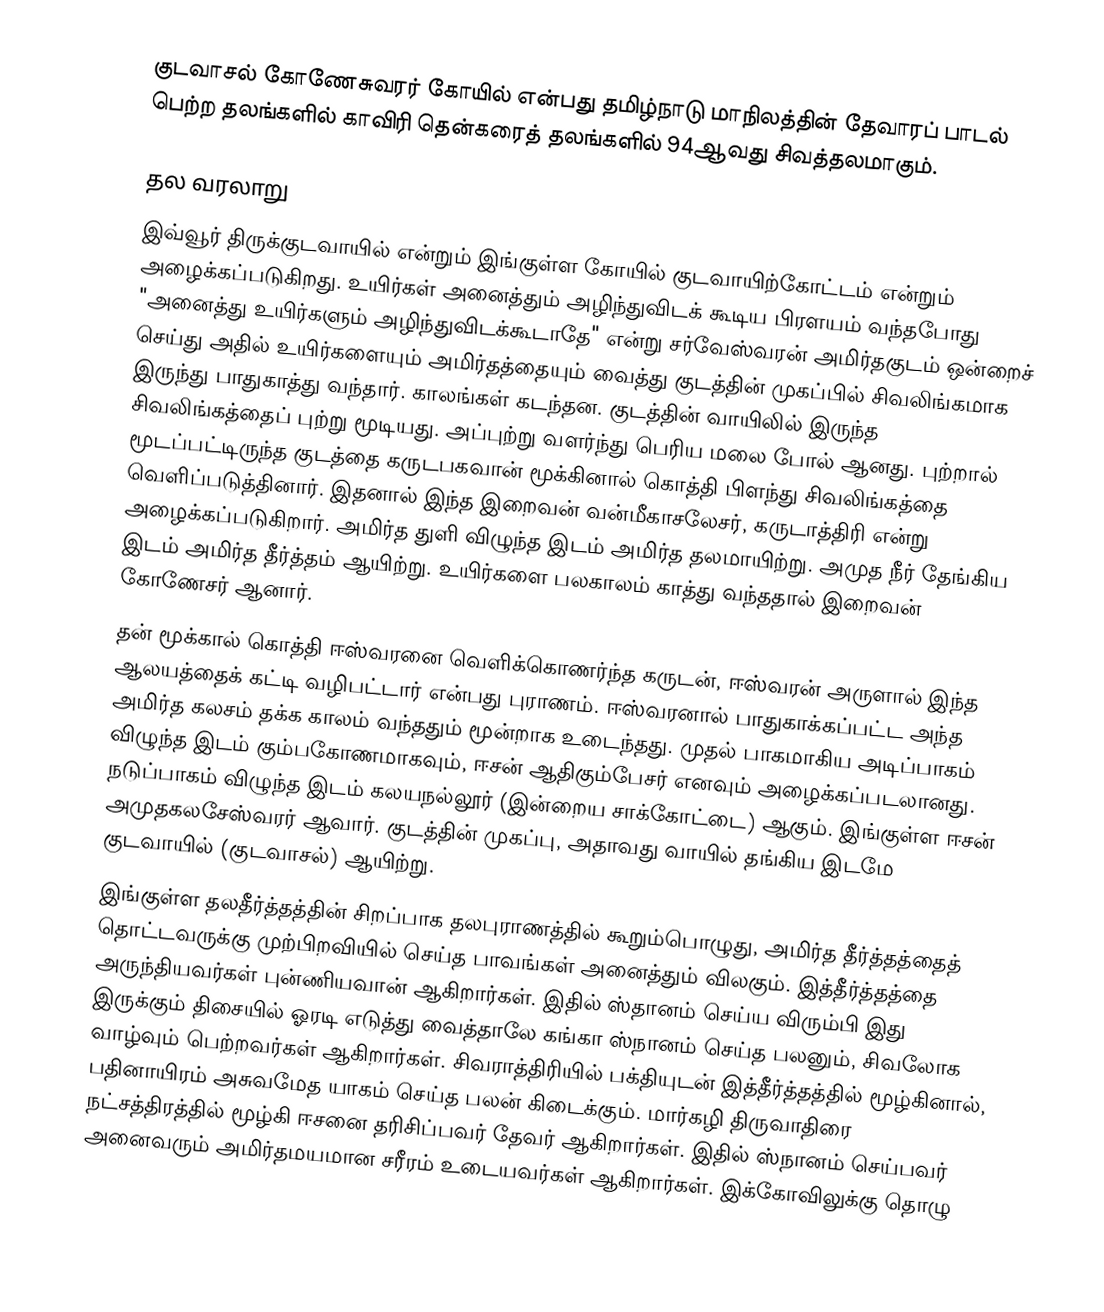
குடவாசல் கோணேசுவரர் கோயில் என்பது தமிழ்நாடு மாநிலத்தின் தேவாரப் பாடல் பெற்ற தலங்களில் காவிரி தென்கரைத் தலங்களில் 94ஆவது சிவத்தலமாகும்.

தல வரலாறு
இவ்வூர் திருக்குடவாயில் என்றும் இங்குள்ள கோயில் குடவாயிற்கோட்டம் என்றும் அழைக்கப்படுகிறது. உயிர்கள் அனைத்தும் அழிந்துவிடக் கூடிய பிரளயம் வந்தபோது "அனைத்து உயிர்களும் அழிந்துவிடக்கூடாதே" என்று சர்வேஸ்வரன் அமிர்தகுடம் ஒன்றைச் செய்து அதில் உயிர்களையும் அமிர்தத்தையும் வைத்து குடத்தின் முகப்பில் சிவலிங்கமாக இருந்து பாதுகாத்து வந்தார். காலங்கள் கடந்தன. குடத்தின் வாயிலில் இருந்த சிவலிங்கத்தைப் புற்று மூடியது. அப்புற்று வளர்ந்து பெரிய மலை போல் ஆனது. புற்றால் மூடப்பட்டிருந்த குடத்தை கருடபகவான் மூக்கினால் கொத்தி பிளந்து சிவலிங்கத்தை வெளிப்படுத்தினார். இதனால் இந்த இறைவன் வன்மீகாசலேசர், கருடாத்திரி என்று அழைக்கப்படுகிறார். அமிர்த துளி விழுந்த இடம் அமிர்த தலமாயிற்று. அமுத நீர் தேங்கிய இடம் அமிர்த தீர்த்தம் ஆயிற்று. உயிர்களை பலகாலம் காத்து வந்ததால் இறைவன் கோணேசர் ஆனார்.
தன் மூக்கால் கொத்தி ஈஸ்வரனை வெளிக்கொணர்ந்த கருடன், ஈஸ்வரன் அருளால் இந்த ஆலயத்தைக் கட்டி வழிபட்டார் என்பது புராணம். ஈஸ்வரனால் பாதுகாக்கப்பட்ட அந்த அமிர்த கலசம் தக்க காலம் வந்ததும் மூன்றாக உடைந்தது. முதல் பாகமாகிய அடிப்பாகம் விழுந்த இடம் கும்பகோணமாகவும், ஈசன் ஆதிகும்பேசர் எனவும் அழைக்கப்படலானது. நடுப்பாகம் விழுந்த இடம் கலயநல்லூர் (இன்றைய சாக்கோட்டை) ஆகும். இங்குள்ள ஈசன் அமுதகலசேஸ்வரர் ஆவார். குடத்தின் முகப்பு, அதாவது வாயில் தங்கிய இடமே குடவாயில் (குடவாசல்) ஆயிற்று.
இங்குள்ள தலதீர்த்தத்தின் சிறப்பாக தலபுராணத்தில் கூறும்பொழுது, அமிர்த தீர்த்தத்தைத் தொட்டவருக்கு முற்பிறவியில் செய்த பாவங்கள் அனைத்தும் விலகும். இத்தீர்த்தத்தை அருந்தியவர்கள் புன்ணியவான் ஆகிறார்கள். இதில் ஸ்தானம் செய்ய விரும்பி இது இருக்கும் திசையில் ஓரடி எடுத்து வைத்தாலே கங்கா ஸ்நானம் செய்த பலனும், சிவலோக வாழ்வும் பெற்றவர்கள் ஆகிறார்கள். சிவராத்திரியில் பக்தியுடன் இத்தீர்த்தத்தில் மூழ்கினால், பதினாயிரம் அசுவமேத யாகம் செய்த பலன் கிடைக்கும். மார்கழி திருவாதிரை நட்சத்திரத்தில் மூழ்கி ஈசனை தரிசிப்பவர் தேவர் ஆகிறார்கள். இதில் ஸ்நானம் செய்பவர் அனைவரும் அமிர்தமயமான சரீரம் உடையவர்கள் ஆகிறார்கள். இக்கோவிலுக்கு தொழு